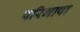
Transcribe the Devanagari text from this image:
परिभाषा